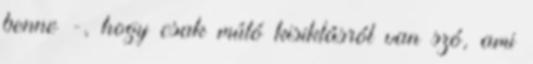
benne -, hogy csak múló kisiklásról van szó, ami